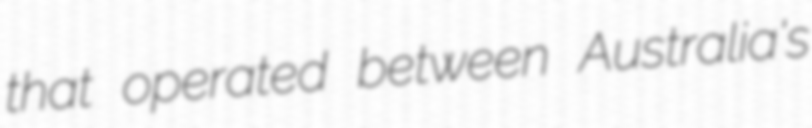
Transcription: that operated between Australia's